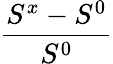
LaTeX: \frac{S^{x}-S^{0}}{S^{0}}